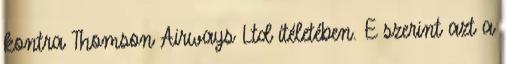
kontra Thomson Airways Ltd ítéletében. E szerint azt a